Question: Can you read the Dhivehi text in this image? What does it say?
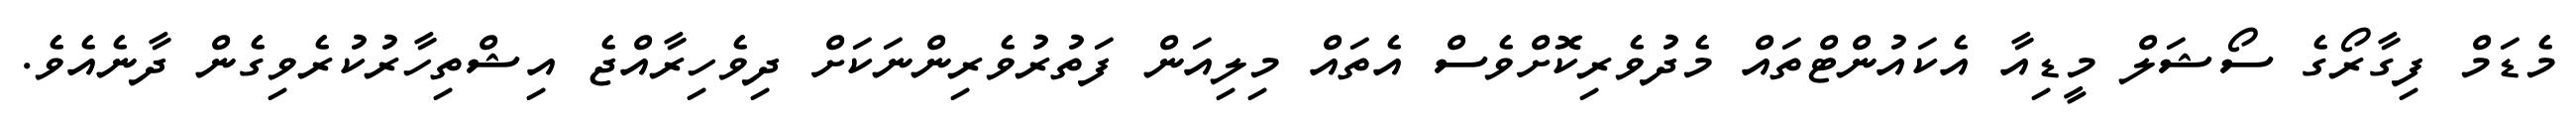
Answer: މެޑަމް ފިގާރޯގެ ސޯޝަލް މީޑިއާ އެކައުންޓްތައް މެދުވެރިކޮށްވެސް އެތައް މިލިއަން ފަތުރުވެރިންނަކަށް ދިވެހިރާއްޖެ އިޝްތިހާރުކުރެވިގެން ދާނެއެވެ.